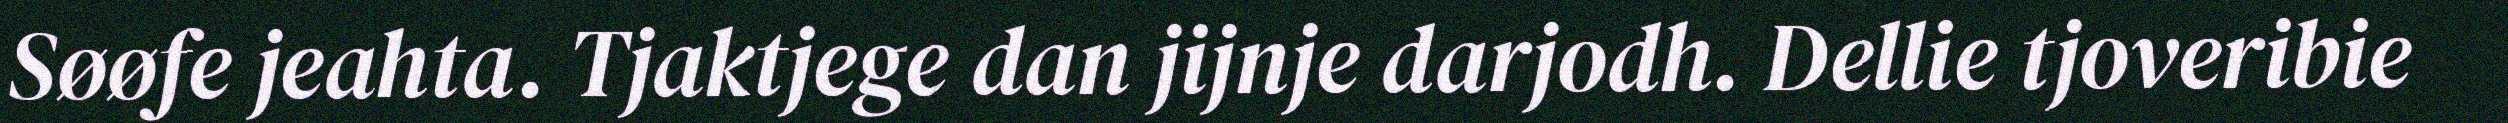
Søøfe jeahta. Tjaktjege dan jijnje darjodh. Dellie tjoveribie